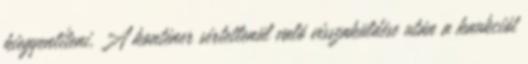
kiegyenlíteni. A konténer sértetlenül való visszaküldése után a kaukciót